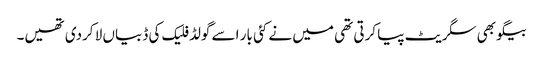
بیگو بھی سگریٹ پیا کرتی تھی میں نے کئی بار اسے گولڈ فلیک کی ڈبیاں لا کردی تھیں۔